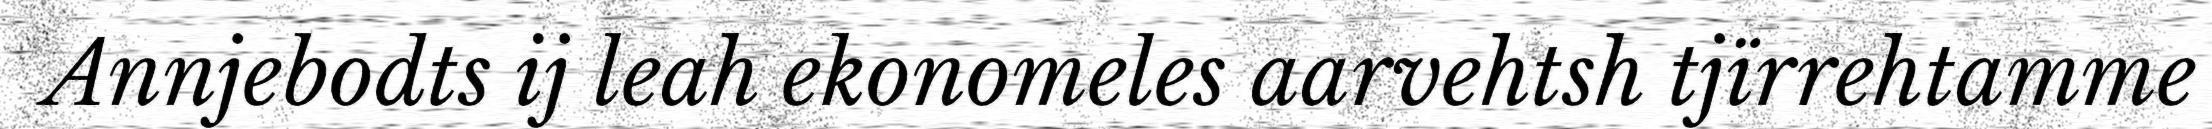
Annjebodts ij leah ekonomeles aarvehtsh tjïrrehtamme